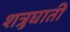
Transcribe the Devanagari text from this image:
शत्रुघाती